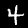
Label: 4